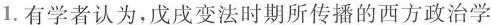
1.有学者认为，戊戌变法时期所传播的西方政治学